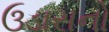
ઉડારાનો